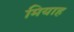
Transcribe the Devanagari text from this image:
मियाह